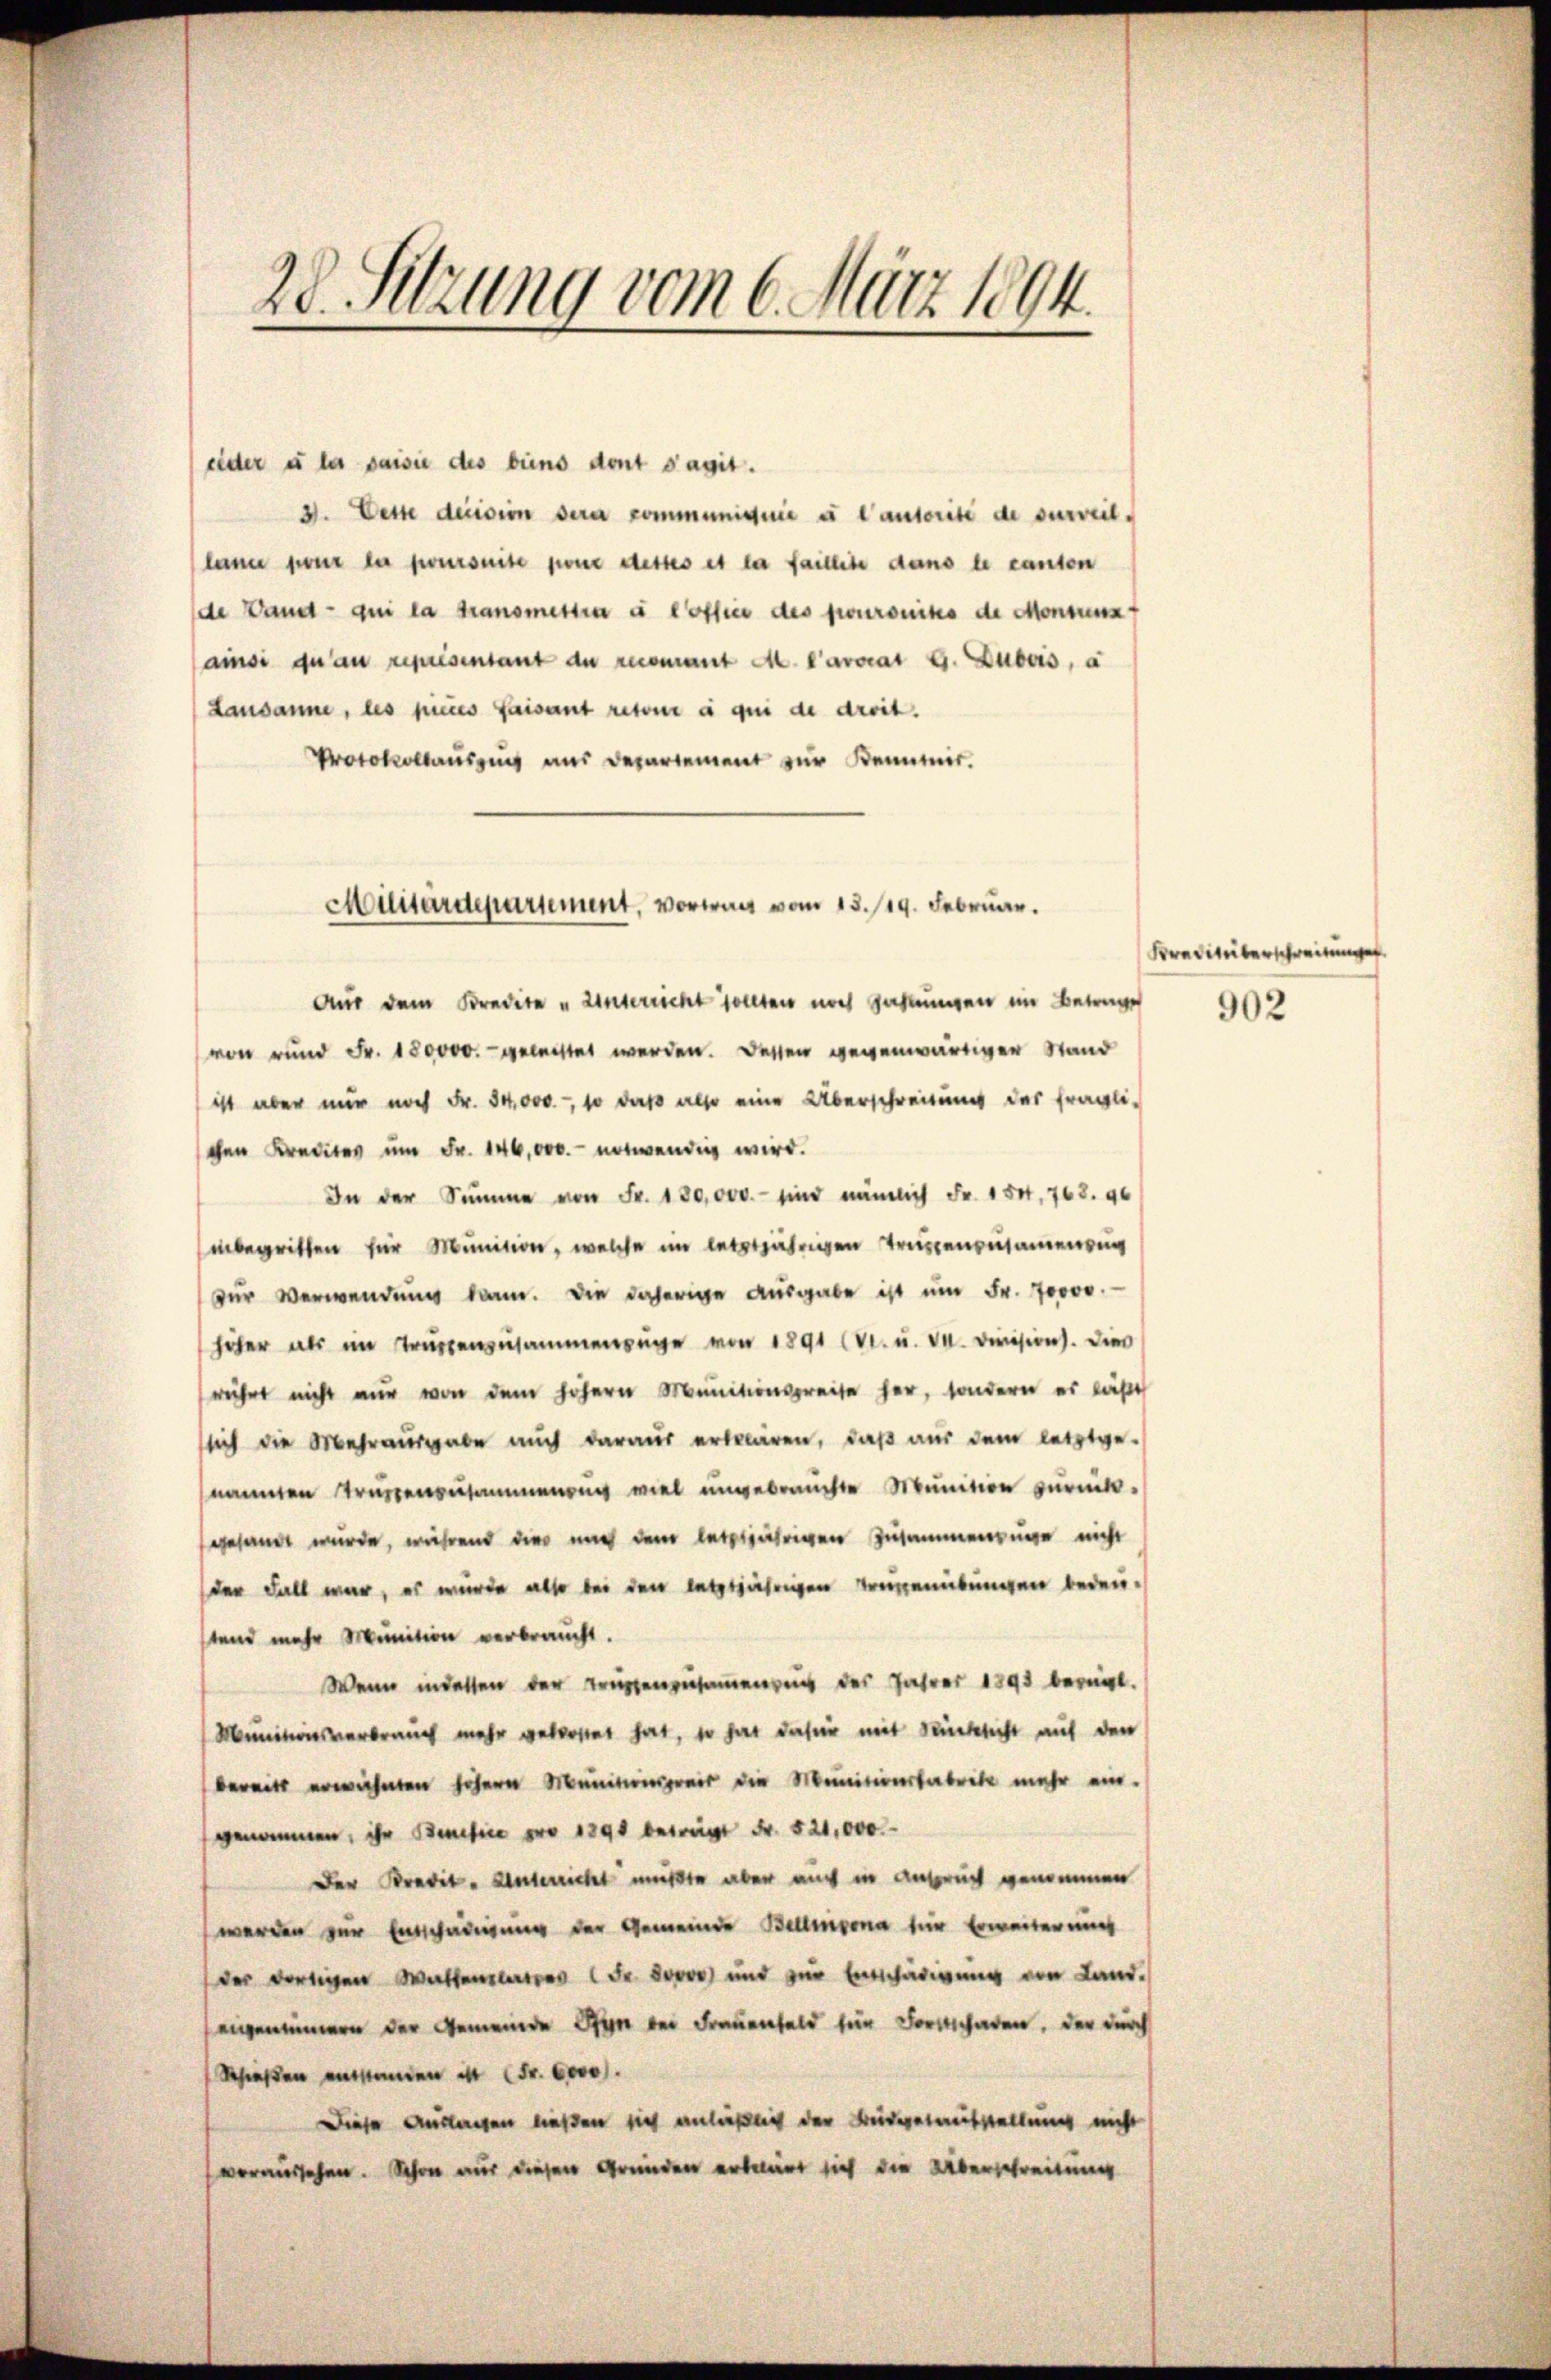
eider u les saisie des biens dont s’agit.
3. Desse decision dere commissive à l’autorité de surveillene pour la joursuite pone desses et la faillite dans le canton
de Band - qui la transmettra à l’office des pouroniks de Montums
ainsi du au représentant de recomant M. Carorat G. Dubois, a
Lausanne, les pieres faisant retone à qui de droit.
Protokollauszug aus Departement zŭr Bemmir.

28. Sitzung vom 6. März 1894.

Militärdepartement, verwart vom 13./19. Februar.

Aus dem Kredite und Unterricht sollten noch zahlungen im Betrage
von rund Fr. 180000.- geleistet werden. Dessen gegenwärtiger Stand
ist aber nur noch Fr. 54,000.-, so daß also eine Überschreitung des fragli-
schen Kredites um Fr. 146,000.- notwendig wird.
In der Summe von Fr. 180,000. sind nämlich Fr. 154, 768. 96
inbegriffen für Munition, welche im letztjährigen Truppenzusamen
zur Verwendung kann. Die daherige Ausgabe ist um Fr. 70000.
höher als im Truppenzusammenzüge von 1891 CV. u. v. Division. Dies
rührt nicht nur von dem höhern Munitionspreise her, sondern es läßt
ssich die Mehrausgabe auch daraus erklären, daß aus dem letztge-
nannten Trüssenzusammenung viel ungebrauchte Munition zurück-
gesandt wurde, während dies mich dem letztjährigen Zusammenzuge nicht
der Fall war, es wurde also bei den letztjährigen Treigeniebungen bedeu-
stand mehr Munition verbraucht.
Wenn indessen der Truppenzusammenzung des Jahres 1891 beregt.
Munitionsverbrauch mehr verlostet hat, so hat dafür mit Rüksicht auf den
bereits erwähnten höhern Munitionspreis die Munitionslabrebe mehr ein-
genommen, ihr Benefice pro 1890 beträgt Fr. 521,000.
Der Bravit-Unterricht müßte aber auch in Anspruch genommen
werden zur Entschädigung der Gemeinde Bellinzona für Erweiter uns
der dortigen Walterates Fr. 500) und zur Entschädigung von Land-
eigentümern der Gemeinde San bei Frauenfeld für Fortschaden, der durch
Schießen entstamen ist (Fr. 6000.
Diese austeresen ließen sich anließlich der Brudenterstellung nicht
voraussehen. Schon aus diesen Gründen erbener sich die Überschreitung

Krediterschreibunge

902